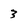
Character: 3